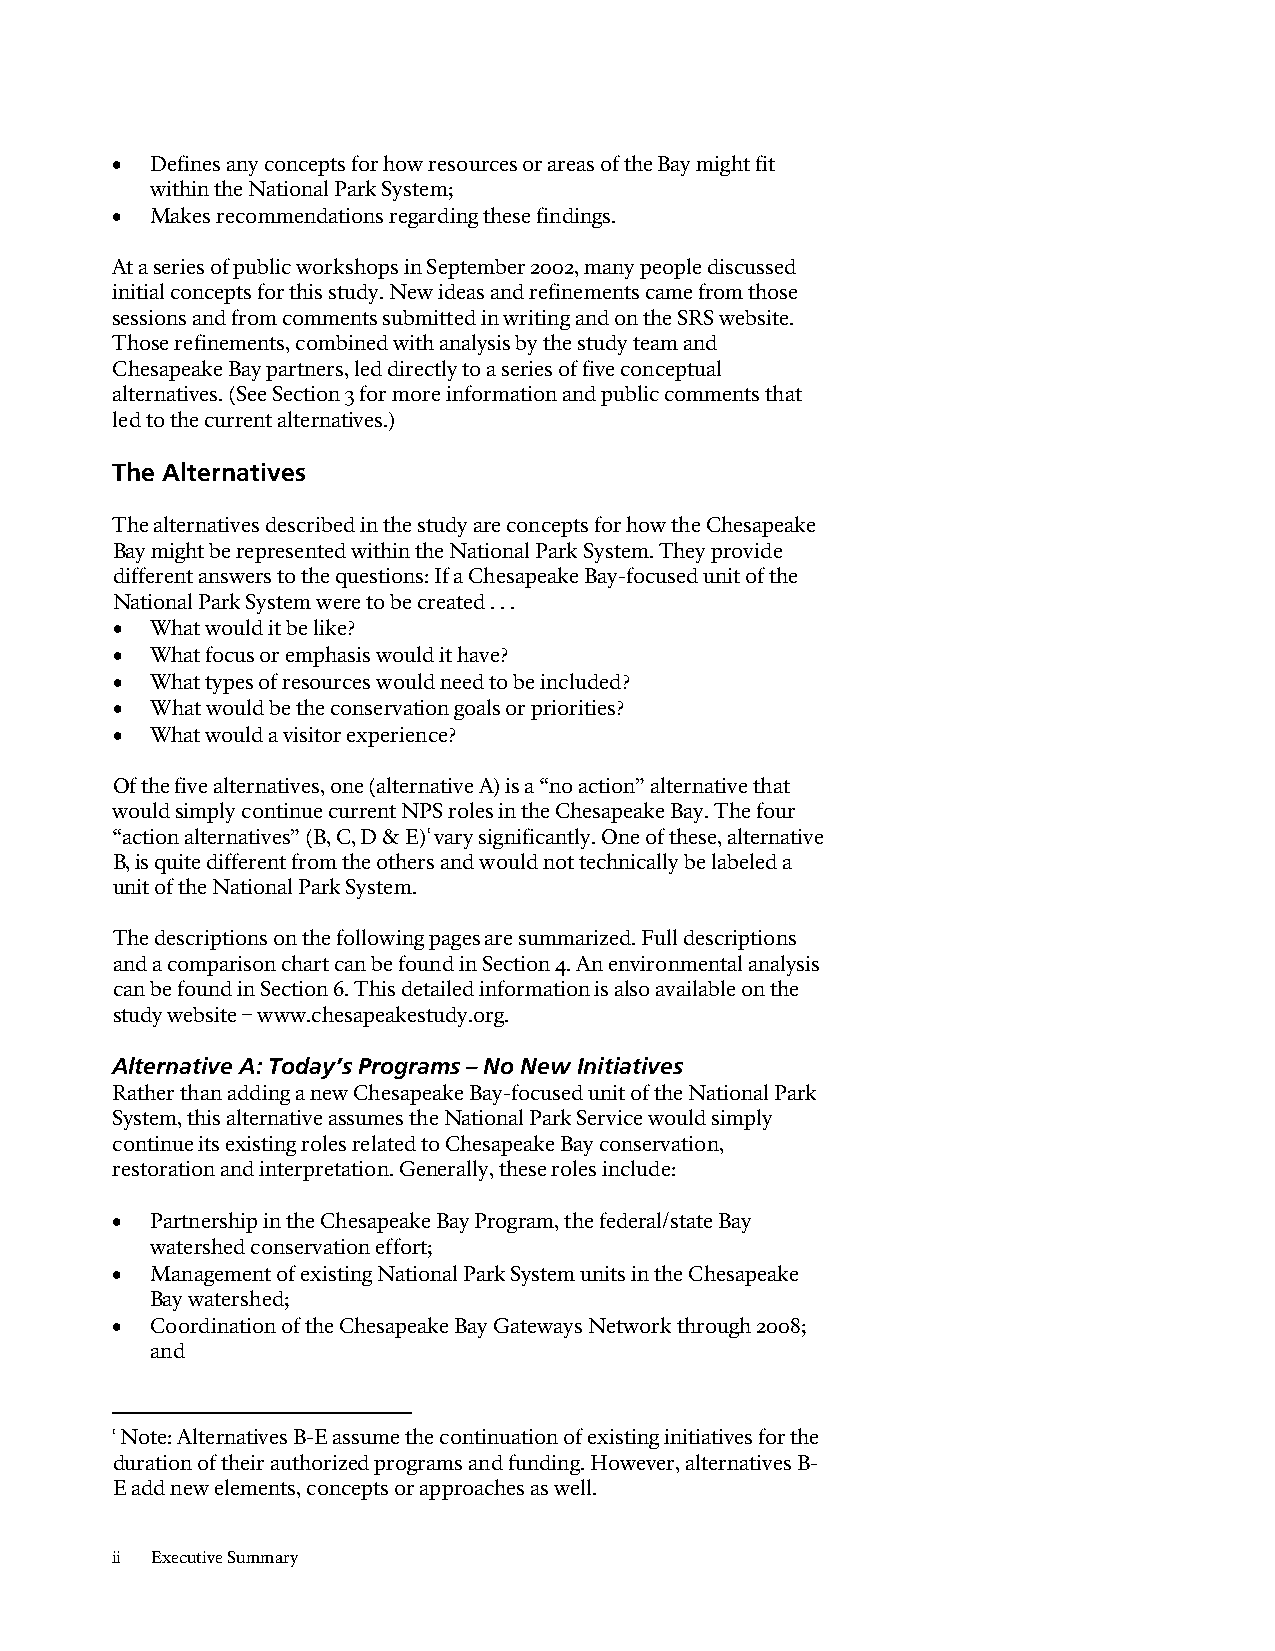
•  Defines any concepts for how resources or areas of the Bay might fit
 within the National Park System;
 •  Makes recommendations regarding these findings.
 At a series of public workshops in September 2002, many people discussed
 initial concepts for this study. New ideas and refinements came from those
 sessions and from comments submitted in writing and on the SRS website.
 Those refinements, combined with analysis by the study team and
 Chesapeake Bay partners, led directly to a series of five conceptual
 alternatives. (See Section 3 for more information and public comments that
 led to the current alternatives.)
 The Alternatives
 The alternatives described in the study are concepts for how the Chesapeake
 Bay might be represented within the National Park System. They provide
 different answers to the questions: If a Chesapeake Bay-focused unit of the
 National Park System were to be created . . .
 •  What would it be like?
 •  What focus or emphasis would it have?
 •  What types of resources would need to be included?
 •  What would be the conservation goals or priorities?
 •  What would a visitor experience?
 Of the five alternatives, one (alternative A) is a “no action” alternative that
 would simply continue current NPS roles in the Chesapeake Bay. The four
 “action alternatives” (B, C, D & E)1 vary significantly. One of these, alternative
 B, is quite different from the others and would not technically be labeled a
 unit of the National Park System.
 The descriptions on the following pages are summarized. Full descriptions
 and a comparison chart can be found in Section 4. An environmental analysis
 can be found in Section 6. This detailed information is also available on the
 study website – www.chesapeakestudy.org.
 Alternative A: Today’s Programs – No New Initiatives
 Rather than adding a new Chesapeake Bay-focused unit of the National Park
 System, this alternative assumes the National Park Service would simply
 continue its existing roles related to Chesapeake Bay conservation,
 restoration and interpretation. Generally, these roles include:
 •  Partnership in the Chesapeake Bay Program, the federal/state Bay
 watershed conservation effort;
 •  Management of existing National Park System units in the Chesapeake
 Bay watershed;
 •  Coordination of the Chesapeake Bay Gateways Network through 2008;
 and
 1 Note: Alternatives B-E assume the continuation of existing initiatives for the
 duration of their authorized programs and funding. However, alternatives B-
 E add new elements, concepts or approaches as well.
 ii Executive Summary